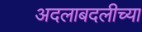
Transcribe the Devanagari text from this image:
अदलाबदलीच्या